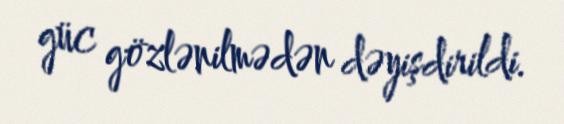
güc gözlənilmədən dəyişdirildi.